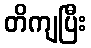
တိကျပြီး